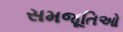
સમજૂતિઓ